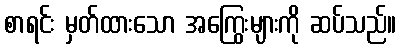
စာရင်း မှတ်ထားသော အကြွေးများကို ဆပ်သည်။